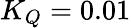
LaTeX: K_{Q}=0.01